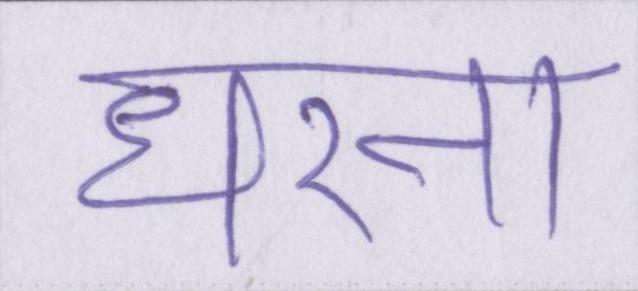
धरना